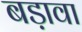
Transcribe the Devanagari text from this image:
बड़ावा